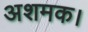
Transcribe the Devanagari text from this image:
अशमक।